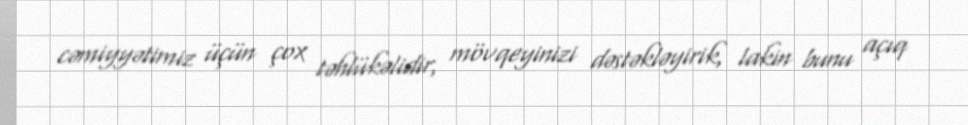
cəmiyyətimiz üçün çox təhlükəlidir, mövqeyinizi dəstəkləyirik, lakin bunu açıq